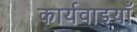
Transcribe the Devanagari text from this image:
कार्यवाइयाँ